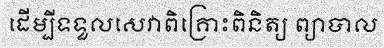
ដើម្បីទទួលសេវាពិគ្រោះពិនិត្យ ព្យាបាល